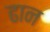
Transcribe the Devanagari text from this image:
ढान